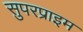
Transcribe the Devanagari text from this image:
सुपरप्राइम